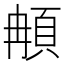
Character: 𩑺